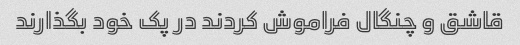
قاشق و چنگال فراموش کردند در پک خود بگذارند